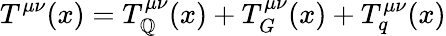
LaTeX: T^{\mu\nu}(x)=T_{\mathbb{Q}}^{\mu\nu}(x)+T_{G}^{\mu\nu}(x)+T_{q}^{\mu\nu}(x)